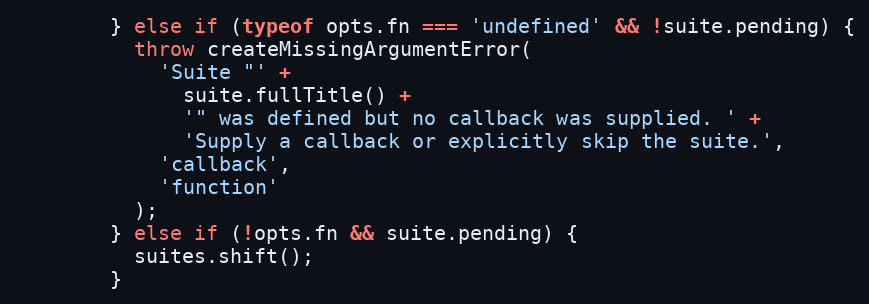
Language: JavaScript
        } else if (typeof opts.fn === 'undefined' && !suite.pending) {
          throw createMissingArgumentError(
            'Suite "' +
              suite.fullTitle() +
              '" was defined but no callback was supplied. ' +
              'Supply a callback or explicitly skip the suite.',
            'callback',
            'function'
          );
        } else if (!opts.fn && suite.pending) {
          suites.shift();
        }